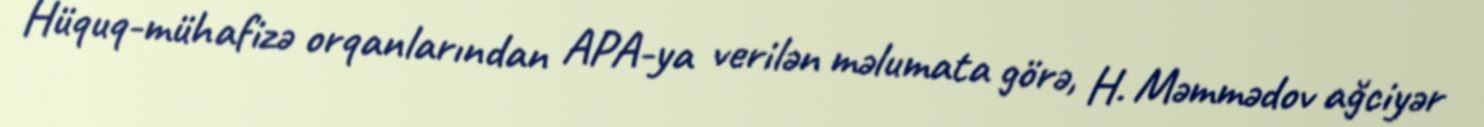
Hüquq-mühafizə orqanlarından APA-ya verilən məlumata görə, H. Məmmədov ağciyər